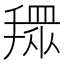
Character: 𢴞